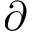
\partial